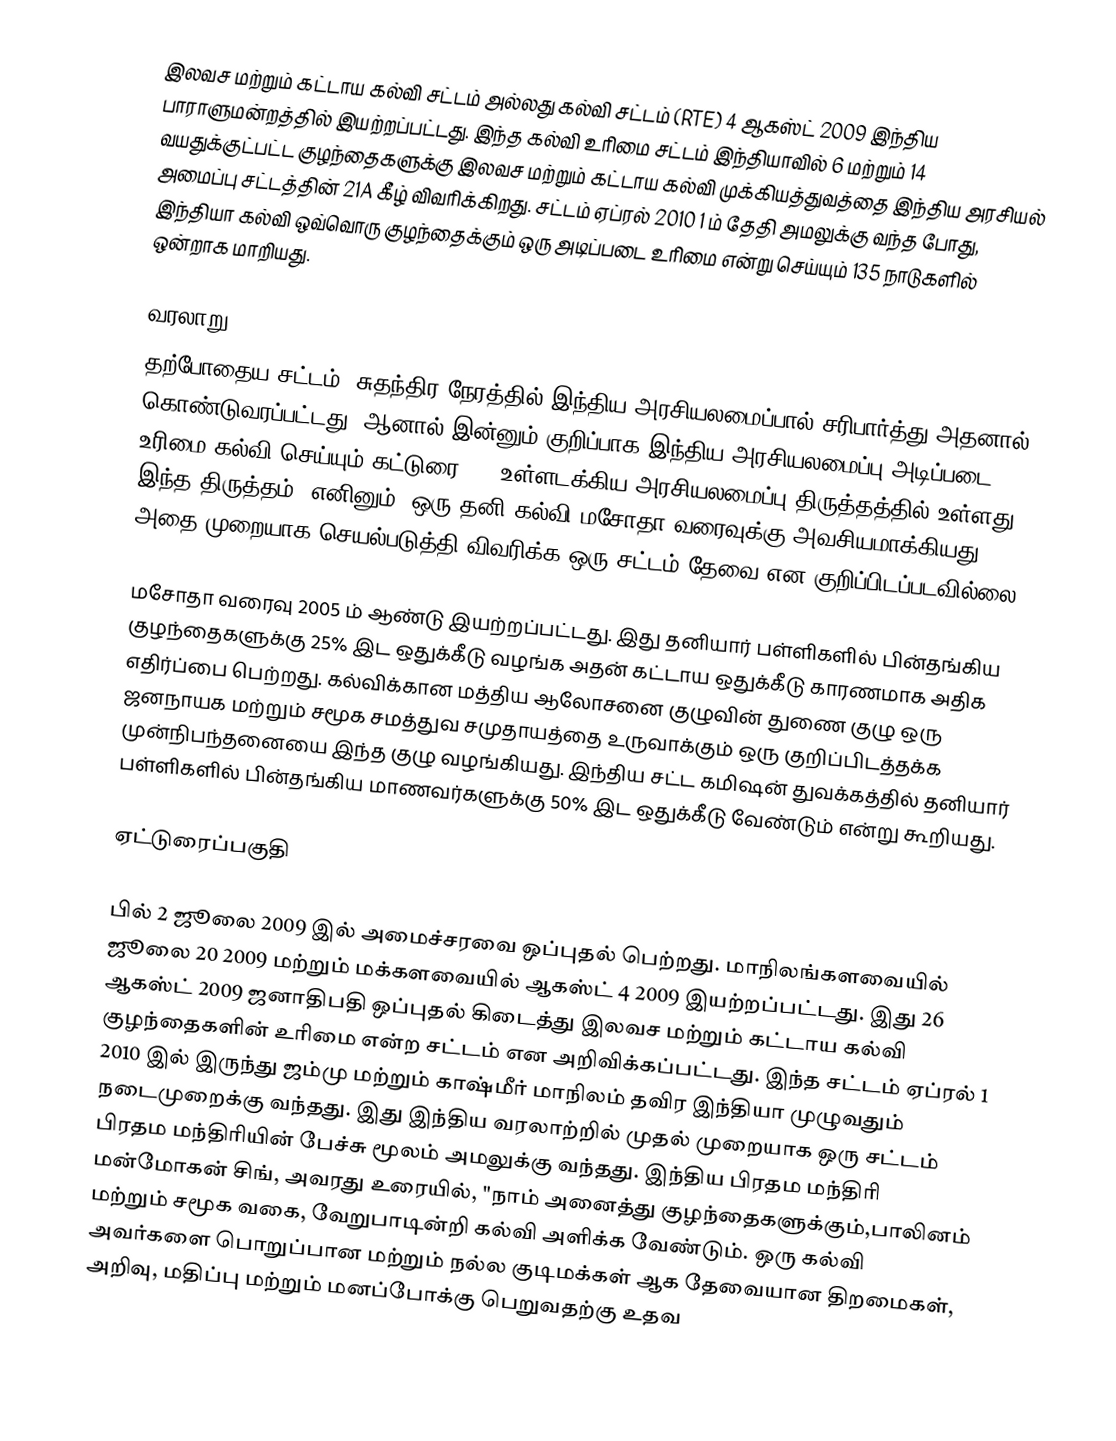
இலவச மற்றும் கட்டாய கல்வி சட்டம் அல்லது கல்வி சட்டம் (RTE) 4 ஆகஸ்ட் 2009 இந்திய பாராளுமன்றத்தில் இயற்றப்பட்டது. இந்த கல்வி உரிமை சட்டம் இந்தியாவில் 6 மற்றும் 14 வயதுக்குட்பட்ட குழந்தைகளுக்கு இலவச மற்றும் கட்டாய கல்வி முக்கியத்துவத்தை இந்திய அரசியல் அமைப்பு சட்டத்தின் 21A கீழ் விவரிக்கிறது. சட்டம் ஏப்ரல் 2010 1 ம் தேதி அமலுக்கு வந்த போது, இந்தியா கல்வி ஒவ்வொரு குழந்தைக்கும் ஒரு அடிப்படை உரிமை என்று செய்யும் 135 நாடுகளில் ஒன்றாக மாறியது.

வரலாறு
தற்போதைய சட்டம், சுதந்திர நேரத்தில் இந்திய அரசியலமைப்பால் சரிபார்த்து அதனால் கொண்டுவரப்பட்டது. ஆனால் இன்னும் குறிப்பாக இந்திய அரசியலமைப்பு அடிப்படை உரிமை கல்வி செய்யும் கட்டுரை 21A உள்ளடக்கிய அரசியலமைப்பு திருத்தத்தில் உள்ளது. இந்த திருத்தம், எனினும், ஒரு தனி கல்வி மசோதா வரைவுக்கு அவசியமாக்கியது அதை முறையாக செயல்படுத்தி விவரிக்க ஒரு சட்டம் தேவை என குறிப்பிடப்படவில்லை.

மசோதா வரைவு 2005 ம் ஆண்டு இயற்றப்பட்டது. இது தனியார் பள்ளிகளில் பின்தங்கிய குழந்தைகளுக்கு 25% இட ஒதுக்கீடு வழங்க அதன் கட்டாய ஒதுக்கீடு காரணமாக அதிக எதிர்ப்பை பெற்றது. கல்விக்கான மத்திய ஆலோசனை குழுவின் துணை குழு ஒரு ஜனநாயக மற்றும் சமூக சமத்துவ சமுதாயத்தை உருவாக்கும் ஒரு குறிப்பிடத்தக்க முன்நிபந்தனையை இந்த குழு வழங்கியது. இந்திய சட்ட கமிஷன் துவக்கத்தில் தனியார் பள்ளிகளில் பின்தங்கிய மாணவர்களுக்கு 50% இட ஒதுக்கீடு வேண்டும் என்று கூறியது.

ஏட்டுரைப்பகுதி

பில் 2 ஜூலை 2009 இல் அமைச்சரவை ஒப்புதல் பெற்றது. மாநிலங்களவையில் ஜூலை 20 2009 மற்றும் மக்களவையில் ஆகஸ்ட் 4 2009 இயற்றப்பட்டது. இது 26 ஆகஸ்ட் 2009 ஜனாதிபதி ஒப்புதல் கிடைத்து இலவச மற்றும் கட்டாய கல்வி குழந்தைகளின் உரிமை என்ற சட்டம் என அறிவிக்கப்பட்டது. இந்த சட்டம் ஏப்ரல் 1 2010 இல் இருந்து ஜம்மு மற்றும் காஷ்மீர் மாநிலம் தவிர இந்தியா முழுவதும் நடைமுறைக்கு வந்தது. இது இந்திய வரலாற்றில் முதல் முறையாக ஒரு சட்டம் பிரதம மந்திரியின் பேச்சு மூலம் அமலுக்கு வந்தது. இந்திய பிரதம மந்திரி மன்மோகன் சிங், அவரது உரையில், "நாம் அனைத்து குழந்தைகளுக்கும்,பாலினம் மற்றும் சமூக வகை, வேறுபாடின்றி  கல்வி அளிக்க வேண்டும். ஒரு கல்வி அவர்களை பொறுப்பான மற்றும் நல்ல குடிமக்கள் ஆக தேவையான திறமைகள், அறிவு, மதிப்பு மற்றும் மனப்போக்கு பெறுவதற்கு உதவ